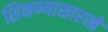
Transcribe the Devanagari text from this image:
शिकण्यासारखे